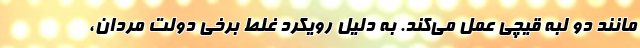
مانند دو لبه قیچی عمل می‌کند. به دلیل رویکرد غلط برخی دولت مردان،